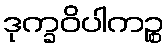
ဒုက္ခဝိပါကဉ္စ